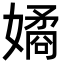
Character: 𭒠